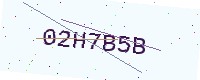
Text: 02H7B5B